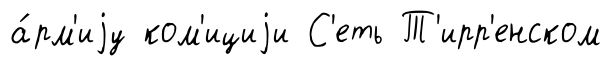
а́рм'иjу ком'ициjи С'еть Т'ирр'енском